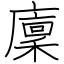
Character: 廩